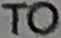
TO